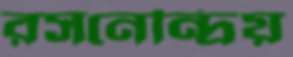
রসনেন্দ্রিয়